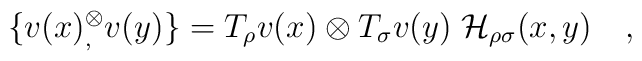
\{v(x){}^\otimes_, v(y)\} = T_\rho v(x)\otimes T_\sigma v(y)\;{\cal H}_{\rho\sigma}(x,y)\quad,